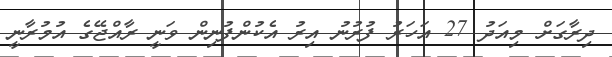
ދިރާގަށް މިއަދު 27 އަހަރު ފުރުނު އިރު އެކުންފުނިން ވަނީ ރާއްޖޭގެ އުމުރާނީ